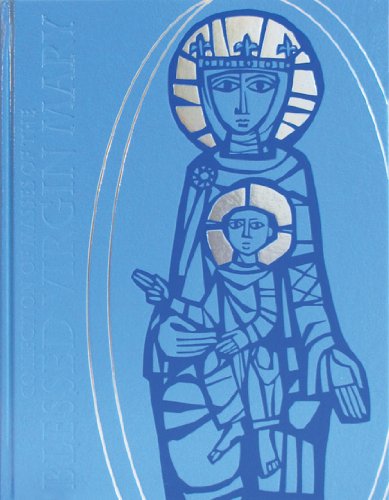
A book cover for Collection of Masses of the Blessed Virgin Mary: Volume I: Missal; Various; Christian Books & Bibles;